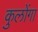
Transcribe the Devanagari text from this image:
कुलोंगा